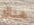
هناك